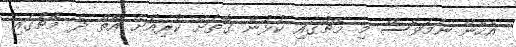
އެހެން ނަމަވެސް މި މެޗުގައި ކުޅުން ގޮތަށް ކުރިއަށް އޮތް ދެ މެޗުގައި